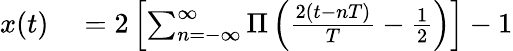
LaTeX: \begin{array}{rl}{x(t)}&{{}=2\left[\sum_{n=-\infty}^{\infty}\Pi\left({\frac{2(t-nT)}{T}}-{\frac{1}{2}}\right)\right]-1}\end{array}